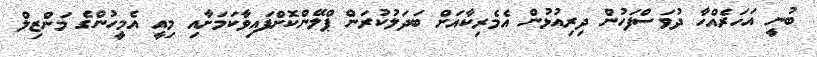
ބުނީ އަހަރެއްހާ ދުވަސްފަހުން ދިރިއުޅުން އެމެރިކާއަށް ބަދަލުކުރަން ޕްލޭންކޮށްފައިވާކަމަށާއި މިއީ އެމީހުންގެ މަންޒިލް